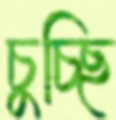
চুচ্ছি